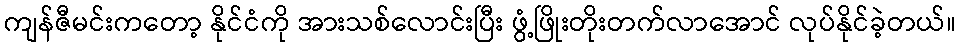
ကျန်ဇီမင်းကတော့ နိုင်ငံကို အားသစ်လောင်းပြီး ဖွံ့ဖြိုးတိုးတက်လာအောင် လုပ်နိုင်ခဲ့တယ်။